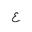
Letter: _ayn